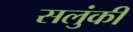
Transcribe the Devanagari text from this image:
सलुंकी